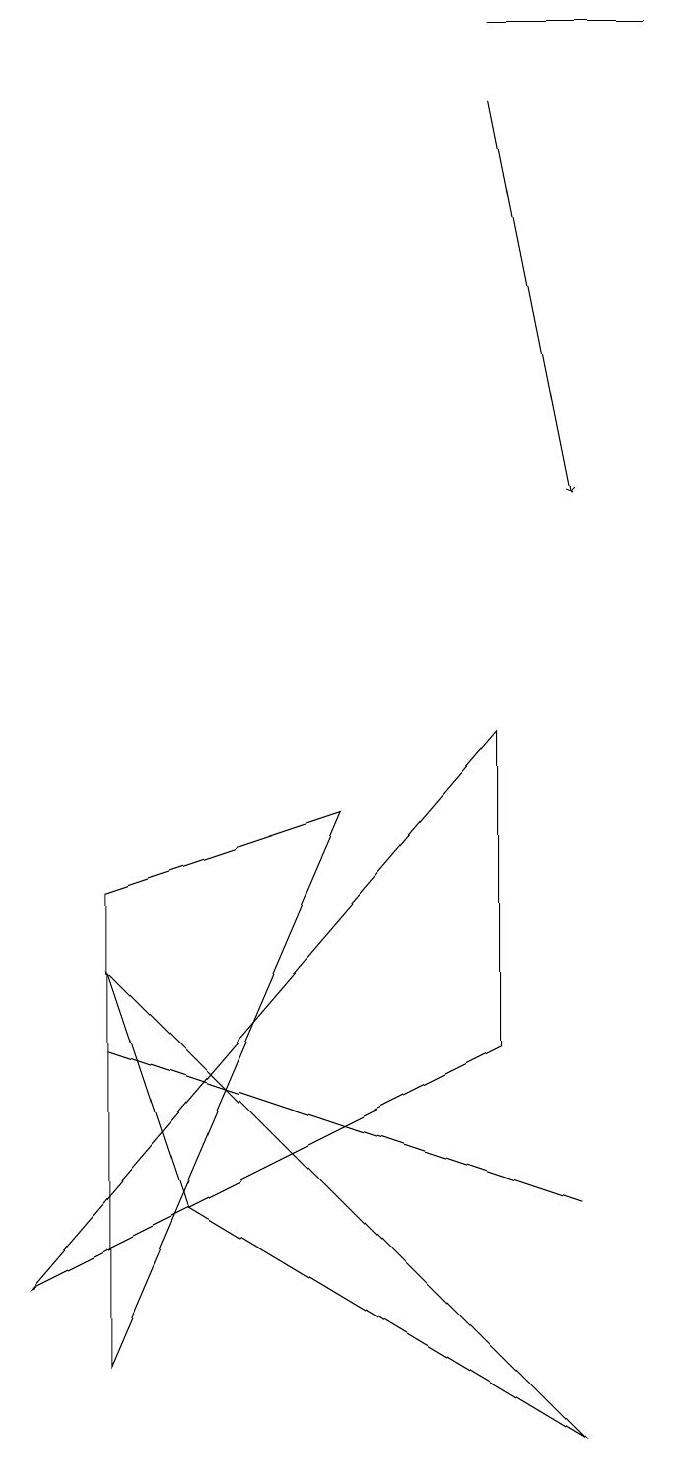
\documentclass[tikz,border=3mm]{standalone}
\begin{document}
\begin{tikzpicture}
\draw (6,18) rectangle (8,18);
\draw (2,3) -- (1,6) -- (7,0) -- cycle;
\draw (6,9) -- (6,5) -- (0,2) -- cycle;
\draw[->] (6,17) -- (7,12);
\draw (1,1) -- (1,7) -- (4,8) -- cycle;
\draw (1,5) -- (4,4) -- (7,3) -- cycle;
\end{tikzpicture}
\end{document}